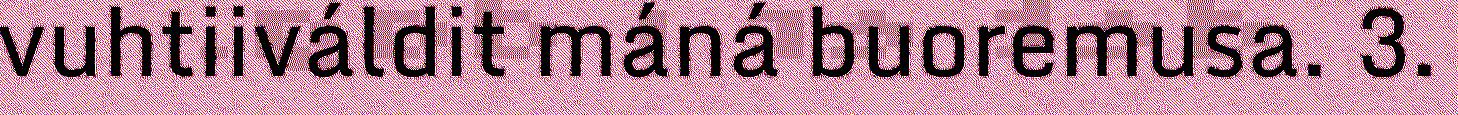
vuhtiiváldit máná buoremusa. 3.